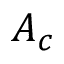
A _ { c }